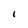
Character: i